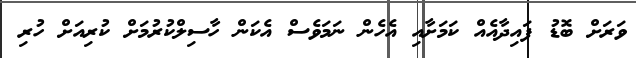
ވަރަށް ބޮޑު ފައިދާއެއް ކަމަށާއި އެހެން ނަމަވެސް އެކަން ހާސިލްކުރުމަށް ކުރިއަށް ހުރި